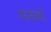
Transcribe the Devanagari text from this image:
ललबाई